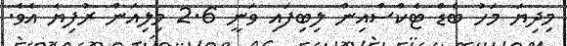
މިދިޔަ މަހު ބެޑް ޓެކްސްއިން ލިބިފައި ވަނީ 2.6 މިލިއަން ރުފިޔާ އެވެ.